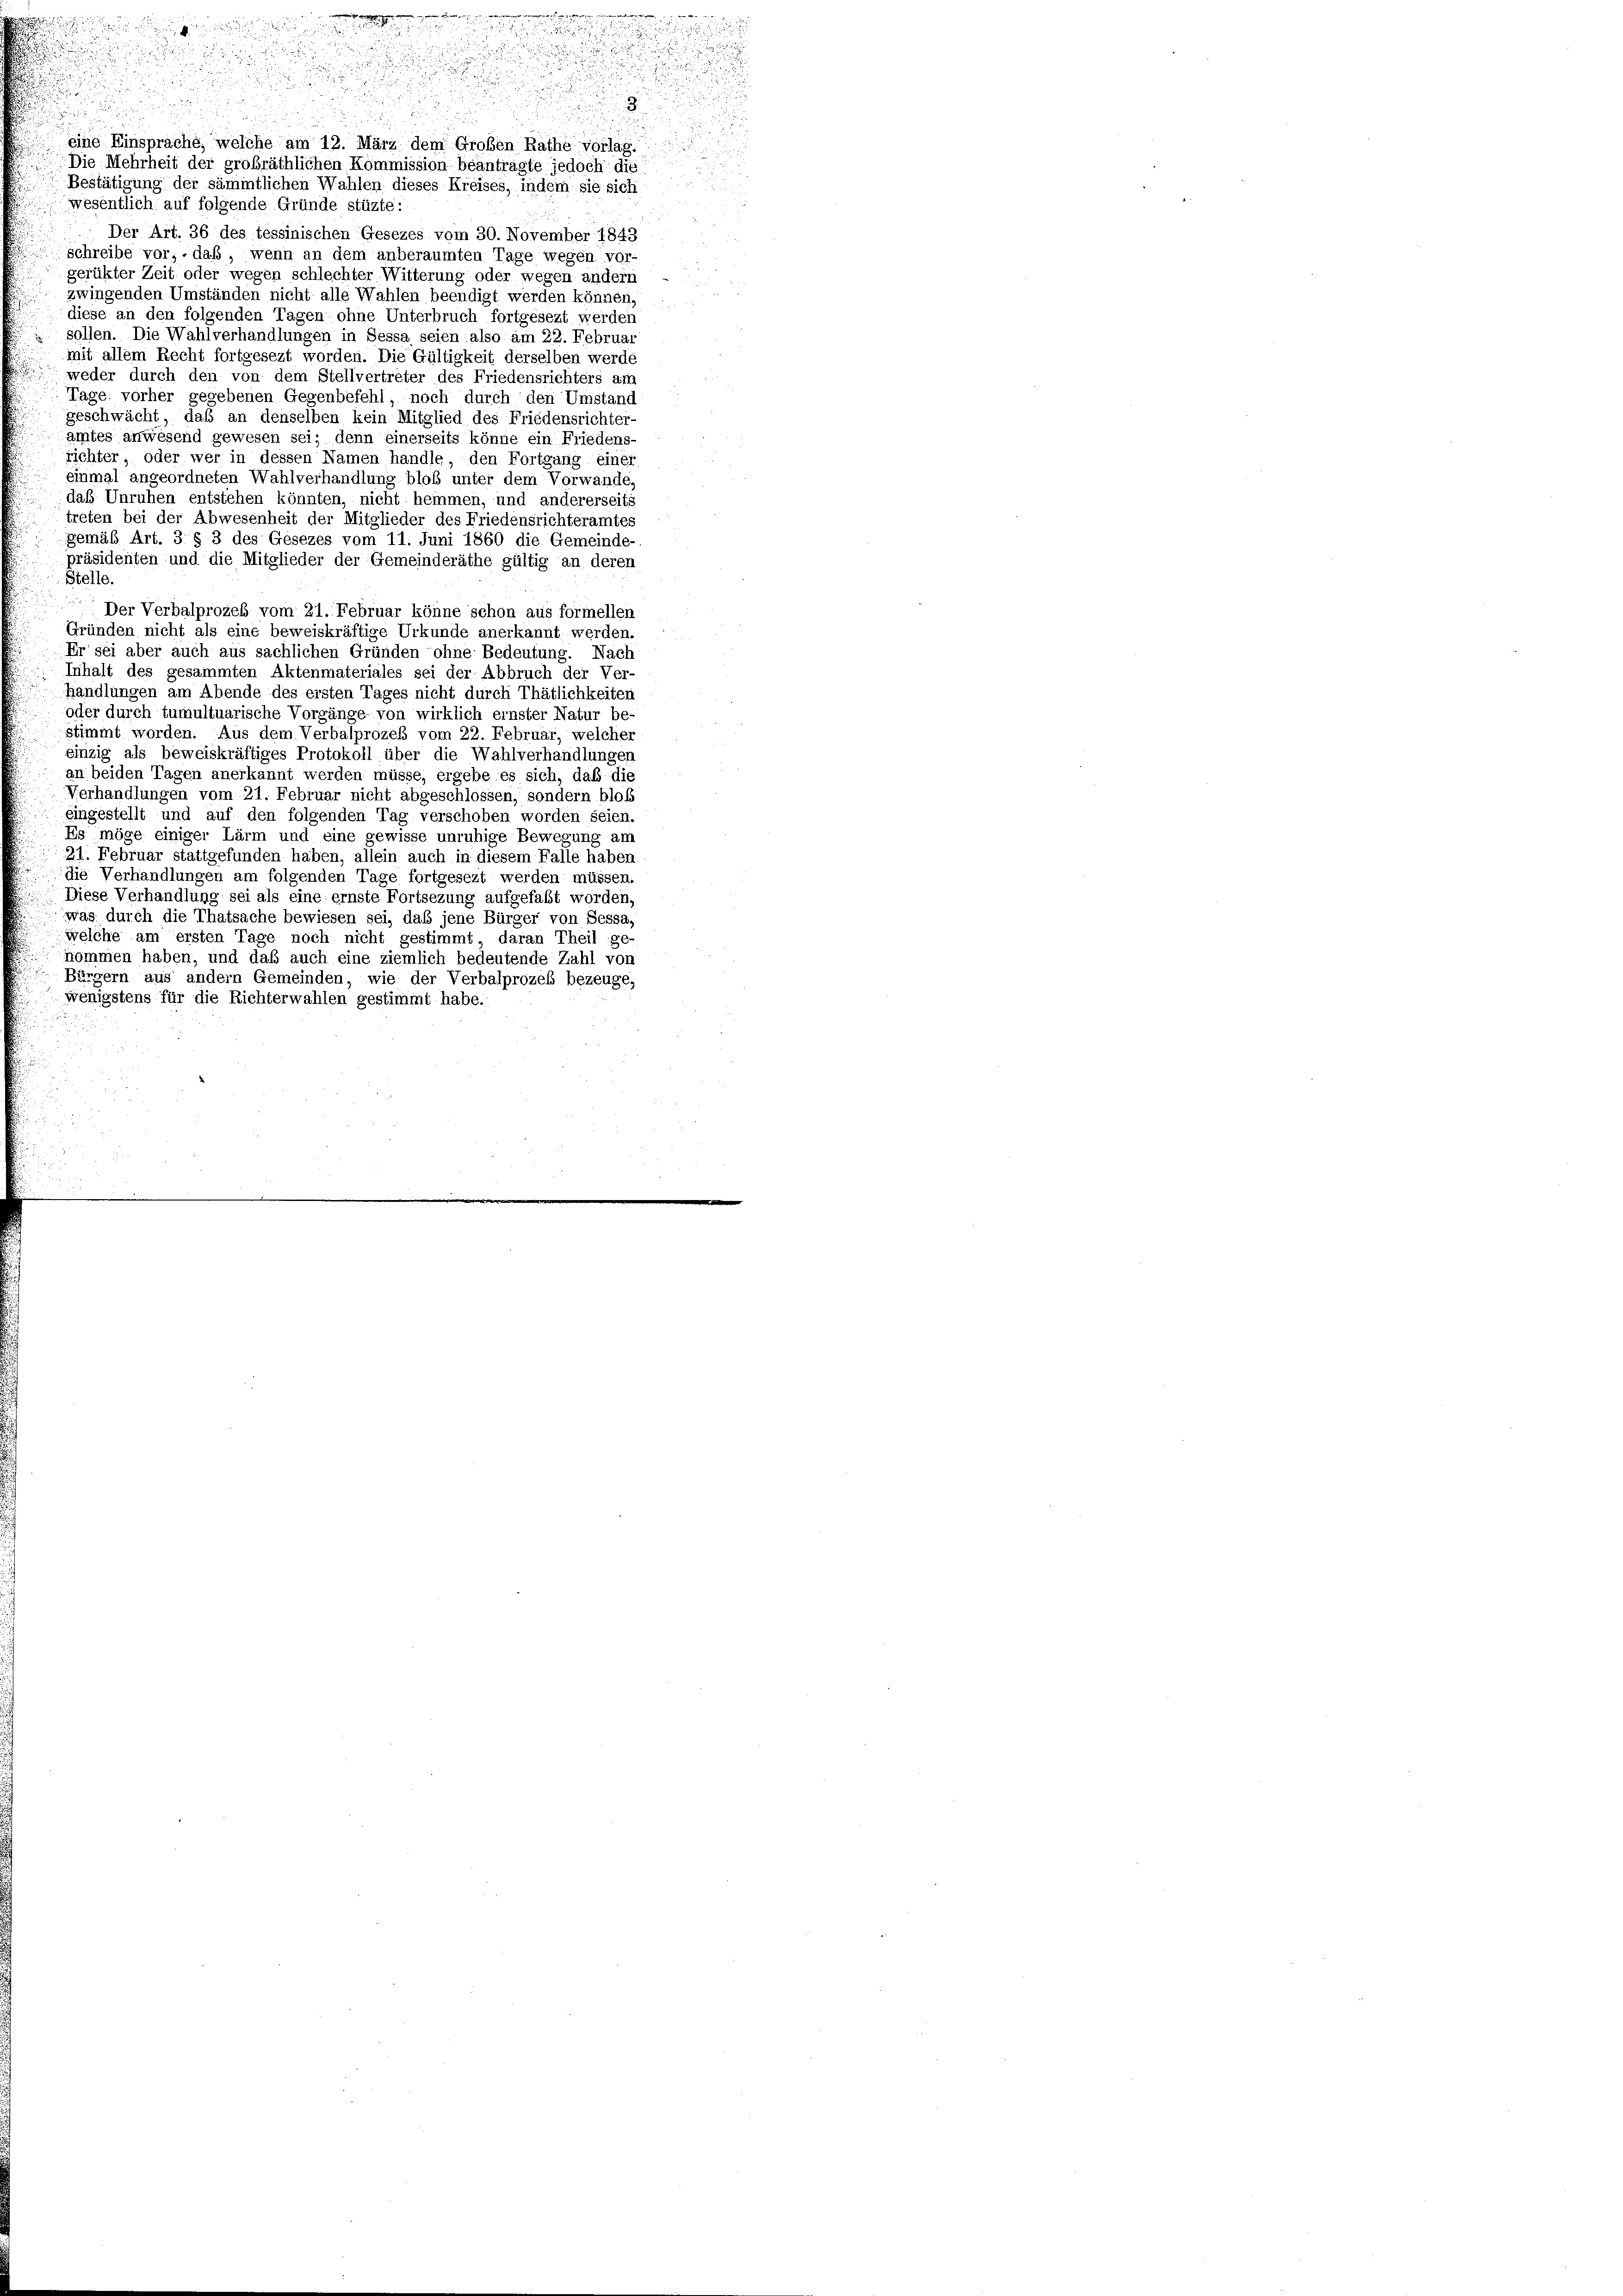
eine Einsprache, welche am 12. März dem Großen Rathe vorlag.
Die Mehrheit der grobräthlichen Kommission beantragte jedoch die
Bestätigung der sämmtlichen Wahlen dieses Kreises, indem sie sich
wesentlich auf folgende Gründe stüzte:
Der Art. 36 des tessinischen Gesezes vom 30. November 1843
schreibe vor, - daß, wenn an dem anberaumten Tage wegen vor-
gerükter Zeit oder wegen schlechter Witterung oder wegen andern
zwingenden Umständen nicht alle Wahlen beendigt werden können,
diese an den folgenden Tagen ohne Unterbruch fortgesezt werden
sollen. Die Wahlverhandlungen in Sessa seien also am 22. Februar
mit allem Recht fortgesezt worden. Die Gültigkeit derselben werde
weder durch den von dem Stellvertreter des Friedensrichters am
Tage, vorher gegebenen Gegenbefehl, noch durch den Umstand
geschwächt, daß an denselben kein Mitglied des Friedensrichter-
amtes anwesend gewesen sei; denn einerseits könne ein Friedens-
richter, oder wer in dessen Namen handle, den Fortgang einer
einmal angeordneten Wahlverhandlung bloß unter dem Vorwande,
daß Unruhen entstehen könnten, nicht hemmen, und andererseits
treten bei der Abwesenheit der Mitglieder des Friedensrichteramtes
gemäß Art. 3 § 3 des Gesezes vom 11. Juni 1860 die Gemeinde-
präsidenten und die Mitglieder der Gemeinderäthe gültig an deren
Stelle.
Der Verbalprozeß vom 21. Februar könne schon aus formellen
Gründen nicht als eine beweiskräftige Urkunde anerkannt werden.
Er sei aber auch aus sachlichen Gründen ohne Bedeutung. Nach
Inhalt des gesammten Aktenmateriales sei der Abbruch der Ver-
handlungen am Abende des ersten Tages nicht durch Thätlichkeiten
oder durch tumultuarische Vorgänge- von wirklich ernster Natur be-
stimmt worden. Aus dem Verbalprozeß vom 22. Februar, welcher
einzig als beweiskräftiges Protokoll über die Wahlverhandlungen
an beiden Tagen anerkannt werden müsse, ergebe es sich, daß die
Verhandlungen vom 21. Februar nicht abgeschlossen, sondern bloß
eingestellt und auf den folgenden Tag verschoben worden seien.
Es möge einiger Lärm und eine gewisse unruhige Bewegung am
21. Februar stattgefunden haben, allein auch in diesem Falle haben
die Verhandlungen am folgenden Tage fortgesezt werden müssen.
Diese Verhandlung sei als eine ernste Fortsezung aufgefaßt worden,
was durch die Thatsache bewiesen sei, daß jene Bürger von Sessa,
welche am ersten Tage noch nicht gestimmt daran Theil ge-
nommen haben, und daß auch eine ziemlich bedeutende Zahl von
Bürgern aus andern Gemeinden, wie der Verbalprozes bezeuge,
wenigstens für die Richterwahlen gestimmt habe.

.
 5